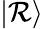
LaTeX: \vert\mathcal{R}\rangle